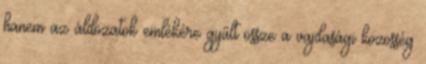
hanem az áldozatok emlékére gyűlt össze a vajdasági közösség